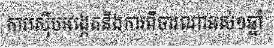
ការស៊ើបអង្កេតនិងការពិចារណាអស់១ឆ្នាំ